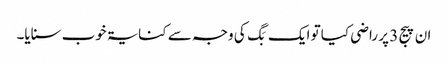
ان پیج 3 پر راضی کیا تو ایک بَگ کی وجہ سے کنایۃ خوب سنایا۔